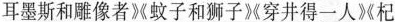
耳墨斯和雕像者《蚊子和狮子《穿井得一人》《杞